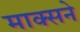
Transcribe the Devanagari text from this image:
माक्सने